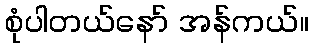
စုံပါတယ်နော် အန်ကယ်။